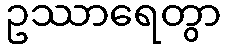
ဥဿာရေတွာ